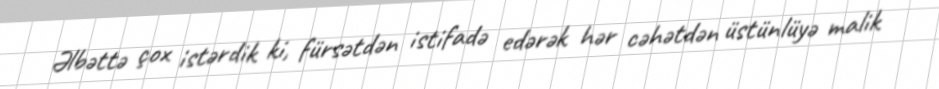
Əlbəttə çox istərdik ki, fürsətdən istifadə edərək hər cəhətdən üstünlüyə malik